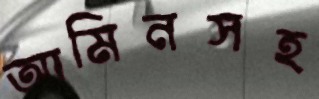
আমিনসহ